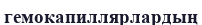
гемокапиллярлардың